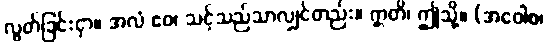
လွတ်ခြင်းငှာ။ အလံ ဧဝ၊ သင့်သည်သာလျှင်တည်း။ ဣတိ၊ ဤသို့။ (အဝေါစ၊